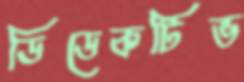
ডিডেকটিভ